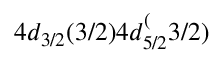
4 d _ { 3 / 2 } ( 3 / 2 ) 4 d _ { 5 / 2 } ^ { ( } 3 / 2 )